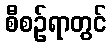
စီစဉ်ရာတွင်